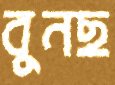
বুনছ